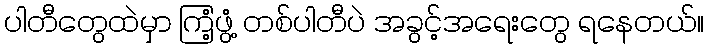
ပါတီတွေထဲမှာ ကြံ့ဖွံ့ တစ်ပါတီပဲ အခွင့်အရေးတွေ ရနေတယ်။